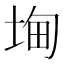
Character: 𭎧